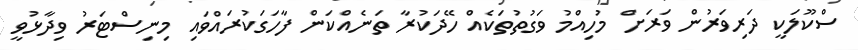
ސްކޫލަކީ ދަރިވަރުން ވަރަށް މުހިއްމު ވަގުތުތަކެއް ހޭދަކުރާ ތަނެއްކަން ފާހަގަކުރައްވައި މިނިސްޓަރު ވިދާޅުވީ